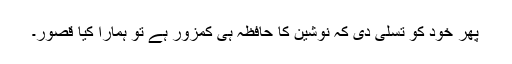
پھر خود کو تسلی دی کہ نوشین کا حافظہ ہی کمزور ہے تو ہمارا کیا قصور۔